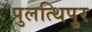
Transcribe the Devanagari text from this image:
पुलत्थिपुर